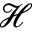
\mathcal { H }